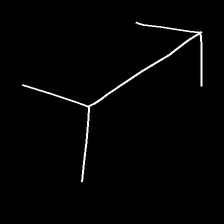
Glyph: gather